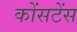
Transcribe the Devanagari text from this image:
कोंसटेंस